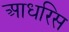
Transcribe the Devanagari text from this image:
आधरिस